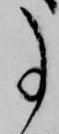
事